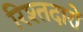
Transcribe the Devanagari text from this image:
रिश्तदारों